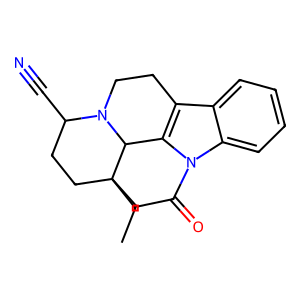
SMILES: CCC12CCC(C#N)N3CCc4c(n(c5ccccc45)C(=O)C1)C32
Inhibits HIV replication: No